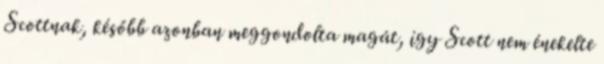
Scottnak, később azonban meggondolta magát, így Scott nem énekelte